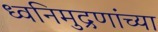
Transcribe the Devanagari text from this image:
ध्वनिमुद्रणांच्या